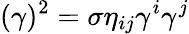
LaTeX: (\gamma)^{2}=\sigma\eta_{ij}\gamma^{i}\gamma^{j}